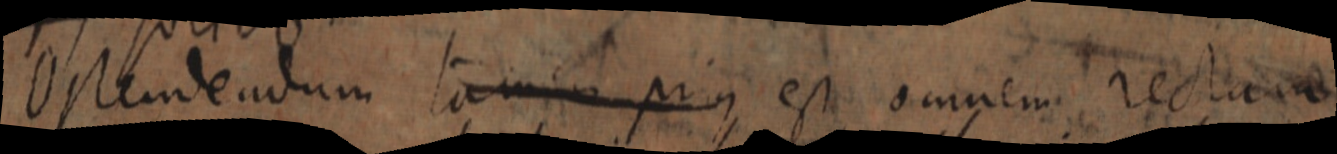
Ostendendum tamen prius est omnem rectam